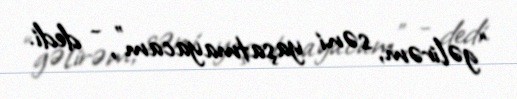
“gəlirəm, səni yaşatmayacam”, - dedi.